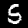
Digit: 5